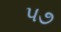
પ૭